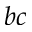
b c